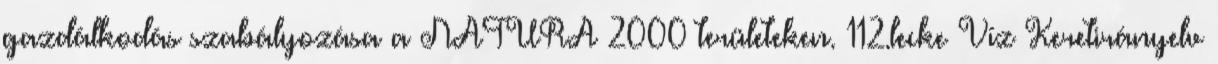
gazdálkodás szabályozása a NATURA 2000 területeken. 112.lecke Víz Keretirányelv